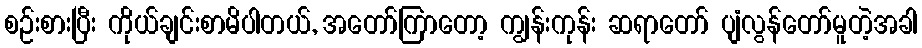
စဉ်းစားပြီး ကိုယ်ချင်းစာမိပါတယ်, အတော်ကြာတော့ ကျွန်းကုန်း ဆရာတော် ပျံလွန်တော်မူတဲ့အခါ